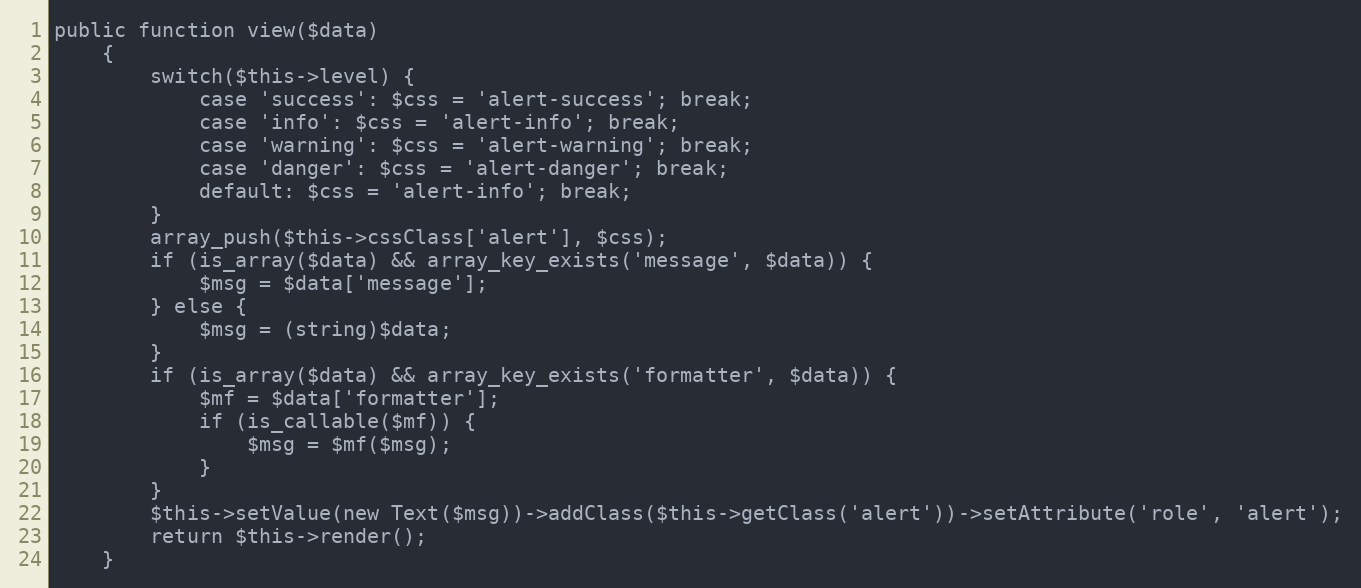
Language: PHP
public function view($data)
    {
        switch($this->level) {
            case 'success': $css = 'alert-success'; break;
            case 'info': $css = 'alert-info'; break;
            case 'warning': $css = 'alert-warning'; break;
            case 'danger': $css = 'alert-danger'; break;
            default: $css = 'alert-info'; break;
        }
        array_push($this->cssClass['alert'], $css);
        if (is_array($data) && array_key_exists('message', $data)) {
            $msg = $data['message'];
        } else {
            $msg = (string)$data;
        }
        if (is_array($data) && array_key_exists('formatter', $data)) {
            $mf = $data['formatter'];
            if (is_callable($mf)) {
                $msg = $mf($msg);
            }
        }
        $this->setValue(new Text($msg))->addClass($this->getClass('alert'))->setAttribute('role', 'alert');
        return $this->render();
    }